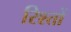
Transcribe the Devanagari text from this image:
रिश्‍तों